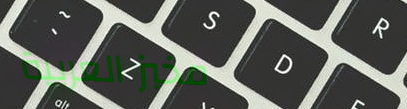
مخبز العربية